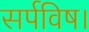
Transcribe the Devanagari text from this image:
सर्पविष।